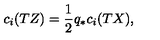
c _ { i } ( T Z ) = \frac { 1 } { 2 } q _ { * } c _ { i } ( T X ) ,